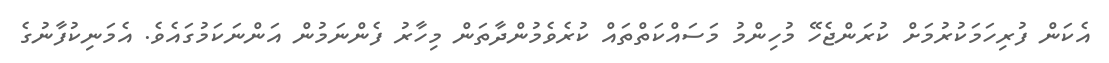
އެކަން ފުރިހަމަކުރުމަށް ކުރަންޖެހޭ މުހިންމު މަސައްކަތްތައް ކުރެވެމުންދާތަން މިހާރު ފެންނަމުން އަންނަކަމުގައެވެ. އެމަނިކުފާނުގެ